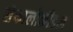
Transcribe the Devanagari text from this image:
सेफालोकौडल